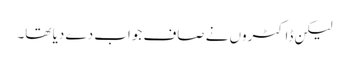
لیکن ڈاکٹروں نے صاف جواب دے دیا تھا۔